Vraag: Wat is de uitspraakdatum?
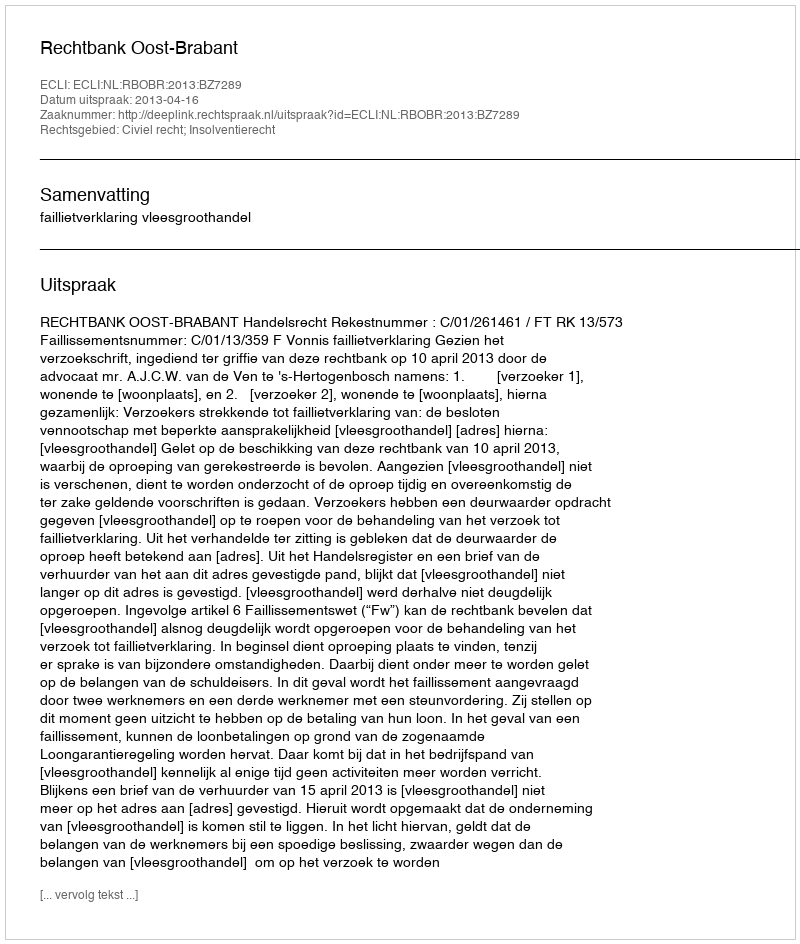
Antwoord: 2013-04-16